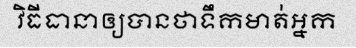
វិធីធានាឲ្យបានថាទឹកមាត់អ្នក